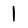
Character: 1